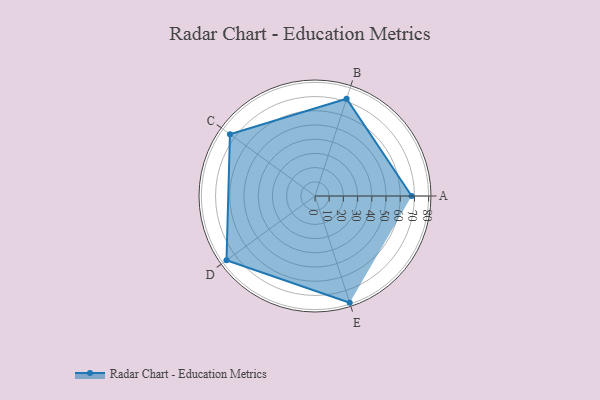
{"axis": {"x": "Skill", "y": "Score"}, "legend": ["Profile"], "data": [{"x": "A", "y": 68.0, "type": "Profile"}, {"x": "B", "y": 72.0, "type": "Profile"}, {"x": "C", "y": 74.0, "type": "Profile"}, {"x": "D", "y": 77.0, "type": "Profile"}, {"x": "E", "y": 79.0, "type": "Profile"}]}